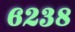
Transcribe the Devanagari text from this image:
६२३८